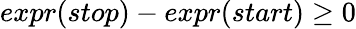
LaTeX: expr(stop)-expr(start)\geq 0